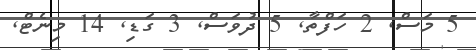
5 މަސް